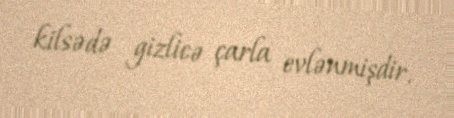
kilsədə gizlicə çarla evlənmişdir.